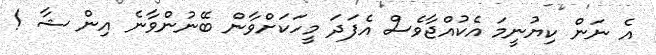
އެ ނަން ކިޔުނީމަ އެކުއްޖާވެސް އެފަދަ މީހަކަށްވާން ބޭނުންވާނެ އިން ޝާ !